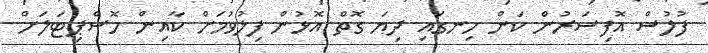
ފުލުސް އޮފިސަރުން ކަން ހިނގައި ދިޔަ ގޮތް އޮޅުން ފިލުވުމަށް ކާއިން ހޮސްޕިޓަލަށް